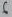
Text: 6